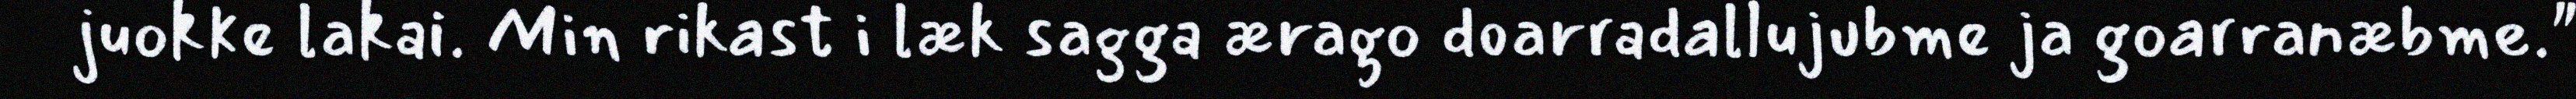
juokke lakai. Min rikast i læk sagga ærago doarradallujubme ja goarranæbme."